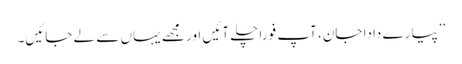
’’پیارے دادا جان، آپ فوراً چلے آئیں اور مجھے یہاں سے لے جائیں۔